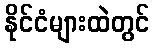
နိုင်ငံများထဲတွင်